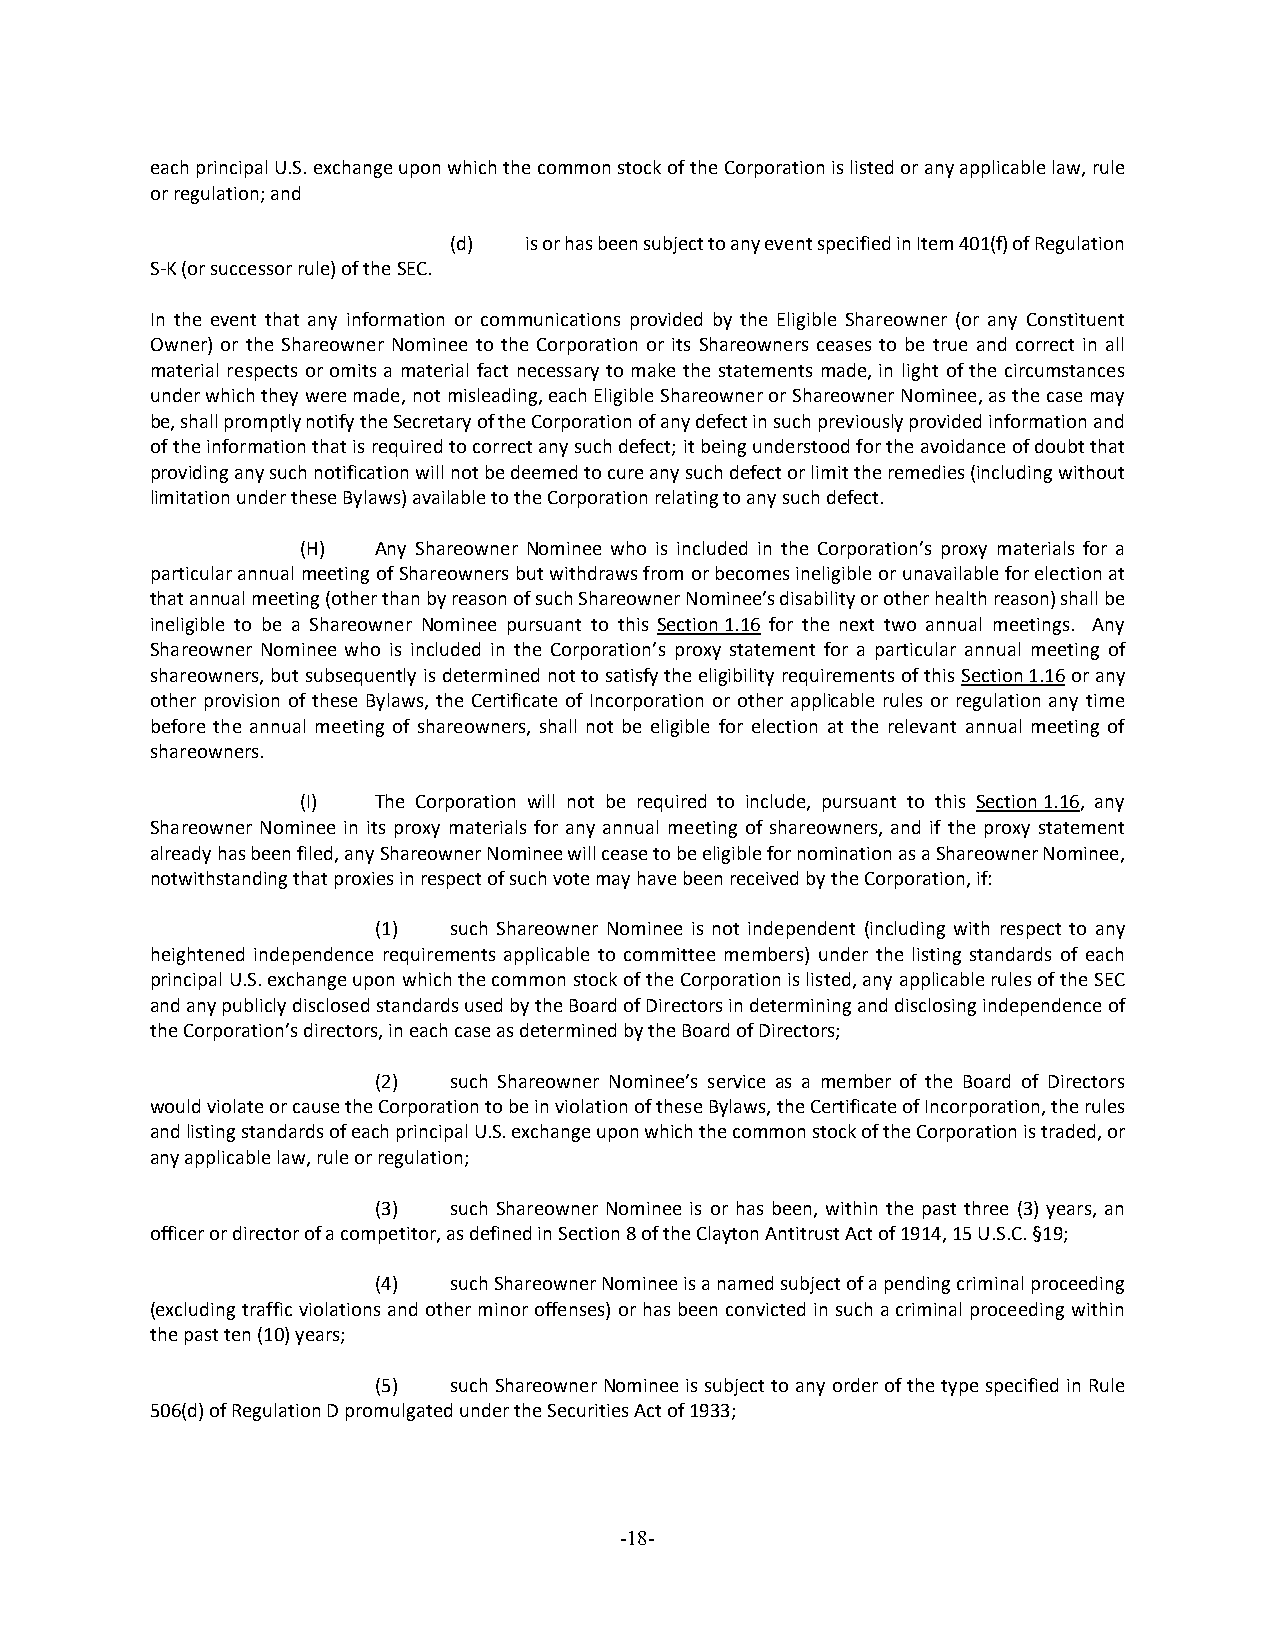
each principal U.S. exchange upon which the common stock of the Corporation is listed or any applicable law, rule
 or regulation; and
 (d)  is or has been subject to any event specified in Item 401(f) of Regulation
 S-K (or successor rule) of the SEC.
 In the event that any information or communications provided by the Eligible Shareowner (or any Constituent
 Owner) or the Shareowner Nominee to the Corporation or its Shareowners ceases to be true and correct in all
 material respects or omits a material fact necessary to make the statements made, in light of the circumstances
 under which they were made, not misleading, each Eligible Shareowner or Shareowner Nominee, as the case may
 be, shall promptly notify the Secretary of the Corporation of any defect in such previously provided information and
 of the information that is required to correct any such defect; it being understood for the avoidance of doubt that
 providing any such notification will not be deemed to cure any such defect or limit the remedies (including without
 limitation under these Bylaws) available to the Corporation relating to any such defect.
 (H)  Any Shareowner Nominee who is included in the Corporation’s proxy materials for a
 particular annual meeting of Shareowners but withdraws from or becomes ineligible or unavailable for election at
 that annual meeting (other than by reason of such Shareowner Nominee’s disability or other health reason) shall be
 ineligible to be a Shareowner Nominee pursuant to this Section 1.16 for the next two annual meetings. Any
 Shareowner Nominee who is included in the Corporation’s proxy statement for a particular annual meeting of
 shareowners, but subsequently is determined not to satisfy the eligibility requirements of this Section 1.16 or any
 other provision of these Bylaws, the Certificate of Incorporation or other applicable rules or regulation any time
 before the annual meeting of shareowners, shall not be eligible for election at the relevant annual meeting of
 shareowners.
 (I)  The Corporation will not be required to include, pursuant to this Section 1.16, any
 Shareowner Nominee in its proxy materials for any annual meeting of shareowners, and if the proxy statement
 already has been filed, any Shareowner Nominee will cease to be eligible for nomination as a Shareowner Nominee,
 notwithstanding that proxies in respect of such vote may have been received by the Corporation, if:
 (1)  such Shareowner Nominee is not independent (including with respect to any
 heightened independence requirements applicable to committee members) under the listing standards of each
 principal U.S. exchange upon which the common stock of the Corporation is listed, any applicable rules of the SEC
 and any publicly disclosed standards used by the Board of Directors in determining and disclosing independence of
 the Corporation’s directors, in each case as determined by the Board of Directors;
 (2)  such Shareowner Nominee’s service as a member of the Board of Directors
 would violate or cause the Corporation to be in violation of these Bylaws, the Certificate of Incorporation, the rules
 and listing standards of each principal U.S. exchange upon which the common stock of the Corporation is traded, or
 any applicable law, rule or regulation;
 (3)  such Shareowner Nominee is or has been, within the past three (3) years, an
 officer or director of a competitor, as defined in Section 8 of the Clayton Antitrust Act of 1914, 15 U.S.C. §19;
 (4)  such Shareowner Nominee is a named subject of a pending criminal proceeding
 (excluding traffic violations and other minor offenses) or has been convicted in such a criminal proceeding within
 the past ten (10) years;
 (5)  such Shareowner Nominee is subject to any order of the type specified in Rule
 506(d) of Regulation D promulgated under the Securities Act of 1933;
 -18-